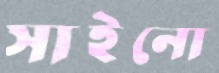
সাইনো